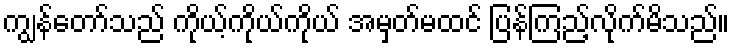
ကျွန်တော်သည် ကိုယ့်ကိုယ်ကိုယ် အမှတ်မထင် ပြန်ကြည့်လိုက်မိသည်။